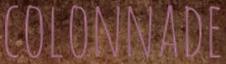
COLONNADE